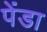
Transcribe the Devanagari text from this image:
पेंडा